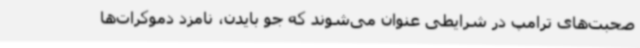
صحبت‌های ترامپ در شرایطی عنوان می‌شوند که جو بایدن، نامزد دموکرات‌ها